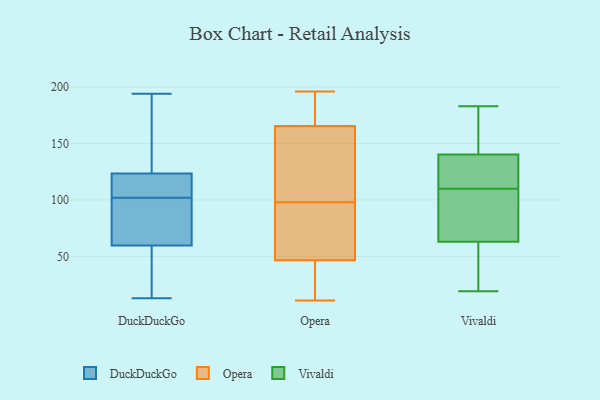
{"axis": {"x": "Page Views", "y": "Value"}, "legend": ["DuckDuckGo", "Opera", "Vivaldi"], "data": [{"x": "", "y": 102, "type": "DuckDuckGo"}, {"x": "", "y": 113, "type": "DuckDuckGo"}, {"x": "", "y": 91, "type": "DuckDuckGo"}, {"x": "", "y": 149, "type": "DuckDuckGo"}, {"x": "", "y": 50, "type": "DuckDuckGo"}, {"x": "", "y": 124, "type": "DuckDuckGo"}, {"x": "", "y": 13, "type": "DuckDuckGo"}, {"x": "", "y": 194, "type": "DuckDuckGo"}, {"x": "", "y": 18, "type": "DuckDuckGo"}, {"x": "", "y": 105, "type": "DuckDuckGo"}, {"x": "", "y": 89, "type": "DuckDuckGo"}, {"x": "", "y": 100, "type": "DuckDuckGo"}, {"x": "", "y": 129, "type": "DuckDuckGo"}, {"x": "", "y": 48, "type": "DuckDuckGo"}, {"x": "", "y": 122, "type": "DuckDuckGo"}, {"x": "", "y": 165, "type": "Opera"}, {"x": "", "y": 52, "type": "Opera"}, {"x": "", "y": 142, "type": "Opera"}, {"x": "", "y": 187, "type": "Opera"}, {"x": "", "y": 53, "type": "Opera"}, {"x": "", "y": 176, "type": "Opera"}, {"x": "", "y": 146, "type": "Opera"}, {"x": "", "y": 166, "type": "Opera"}, {"x": "", "y": 90, "type": "Opera"}, {"x": "", "y": 18, "type": "Opera"}, {"x": "", "y": 106, "type": "Opera"}, {"x": "", "y": 11, "type": "Opera"}, {"x": "", "y": 71, "type": "Opera"}, {"x": "", "y": 36, "type": "Opera"}, {"x": "", "y": 41, "type": "Opera"}, {"x": "", "y": 32, "type": "Opera"}, {"x": "", "y": 196, "type": "Opera"}, {"x": "", "y": 116, "type": "Opera"}, {"x": "", "y": 177, "type": "Opera"}, {"x": "", "y": 62, "type": "Opera"}, {"x": "", "y": 132, "type": "Vivaldi"}, {"x": "", "y": 183, "type": "Vivaldi"}, {"x": "", "y": 45, "type": "Vivaldi"}, {"x": "", "y": 73, "type": "Vivaldi"}, {"x": "", "y": 108, "type": "Vivaldi"}, {"x": "", "y": 66, "type": "Vivaldi"}, {"x": "", "y": 179, "type": "Vivaldi"}, {"x": "", "y": 54, "type": "Vivaldi"}, {"x": "", "y": 123, "type": "Vivaldi"}, {"x": "", "y": 110, "type": "Vivaldi"}, {"x": "", "y": 168, "type": "Vivaldi"}, {"x": "", "y": 136, "type": "Vivaldi"}, {"x": "", "y": 112, "type": "Vivaldi"}, {"x": "", "y": 77, "type": "Vivaldi"}, {"x": "", "y": 19, "type": "Vivaldi"}, {"x": "", "y": 153, "type": "Vivaldi"}, {"x": "", "y": 32, "type": "Vivaldi"}]}